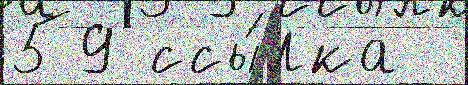
59 ссы́лка